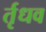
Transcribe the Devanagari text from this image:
र्तृधव